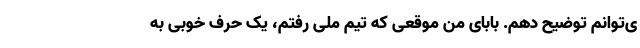
ی‌توانم توضیح دهم. بابای من موقعی که تیم ملی رفتم، یک حرف خوبی به